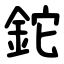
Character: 鉈